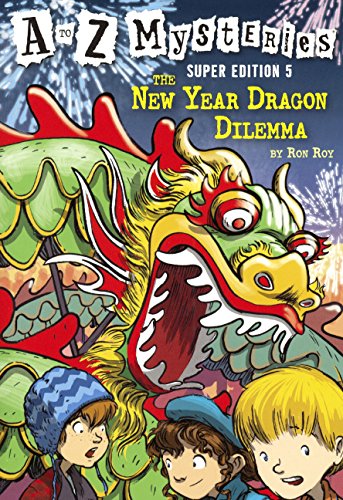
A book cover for Super Edition 5: The New Year Dragon Dilemma (Turtleback School & Library Binding Edition) (A to Z Mysteries Super Editions); Ron Roy; Children's Books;